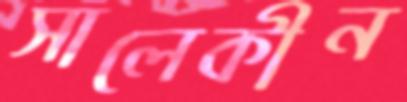
সালেকীন